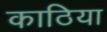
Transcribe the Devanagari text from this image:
काठिया